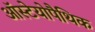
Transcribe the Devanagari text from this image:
ऑस्टेयोपैथिक